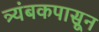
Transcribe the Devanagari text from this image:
त्र्यंबकपासून